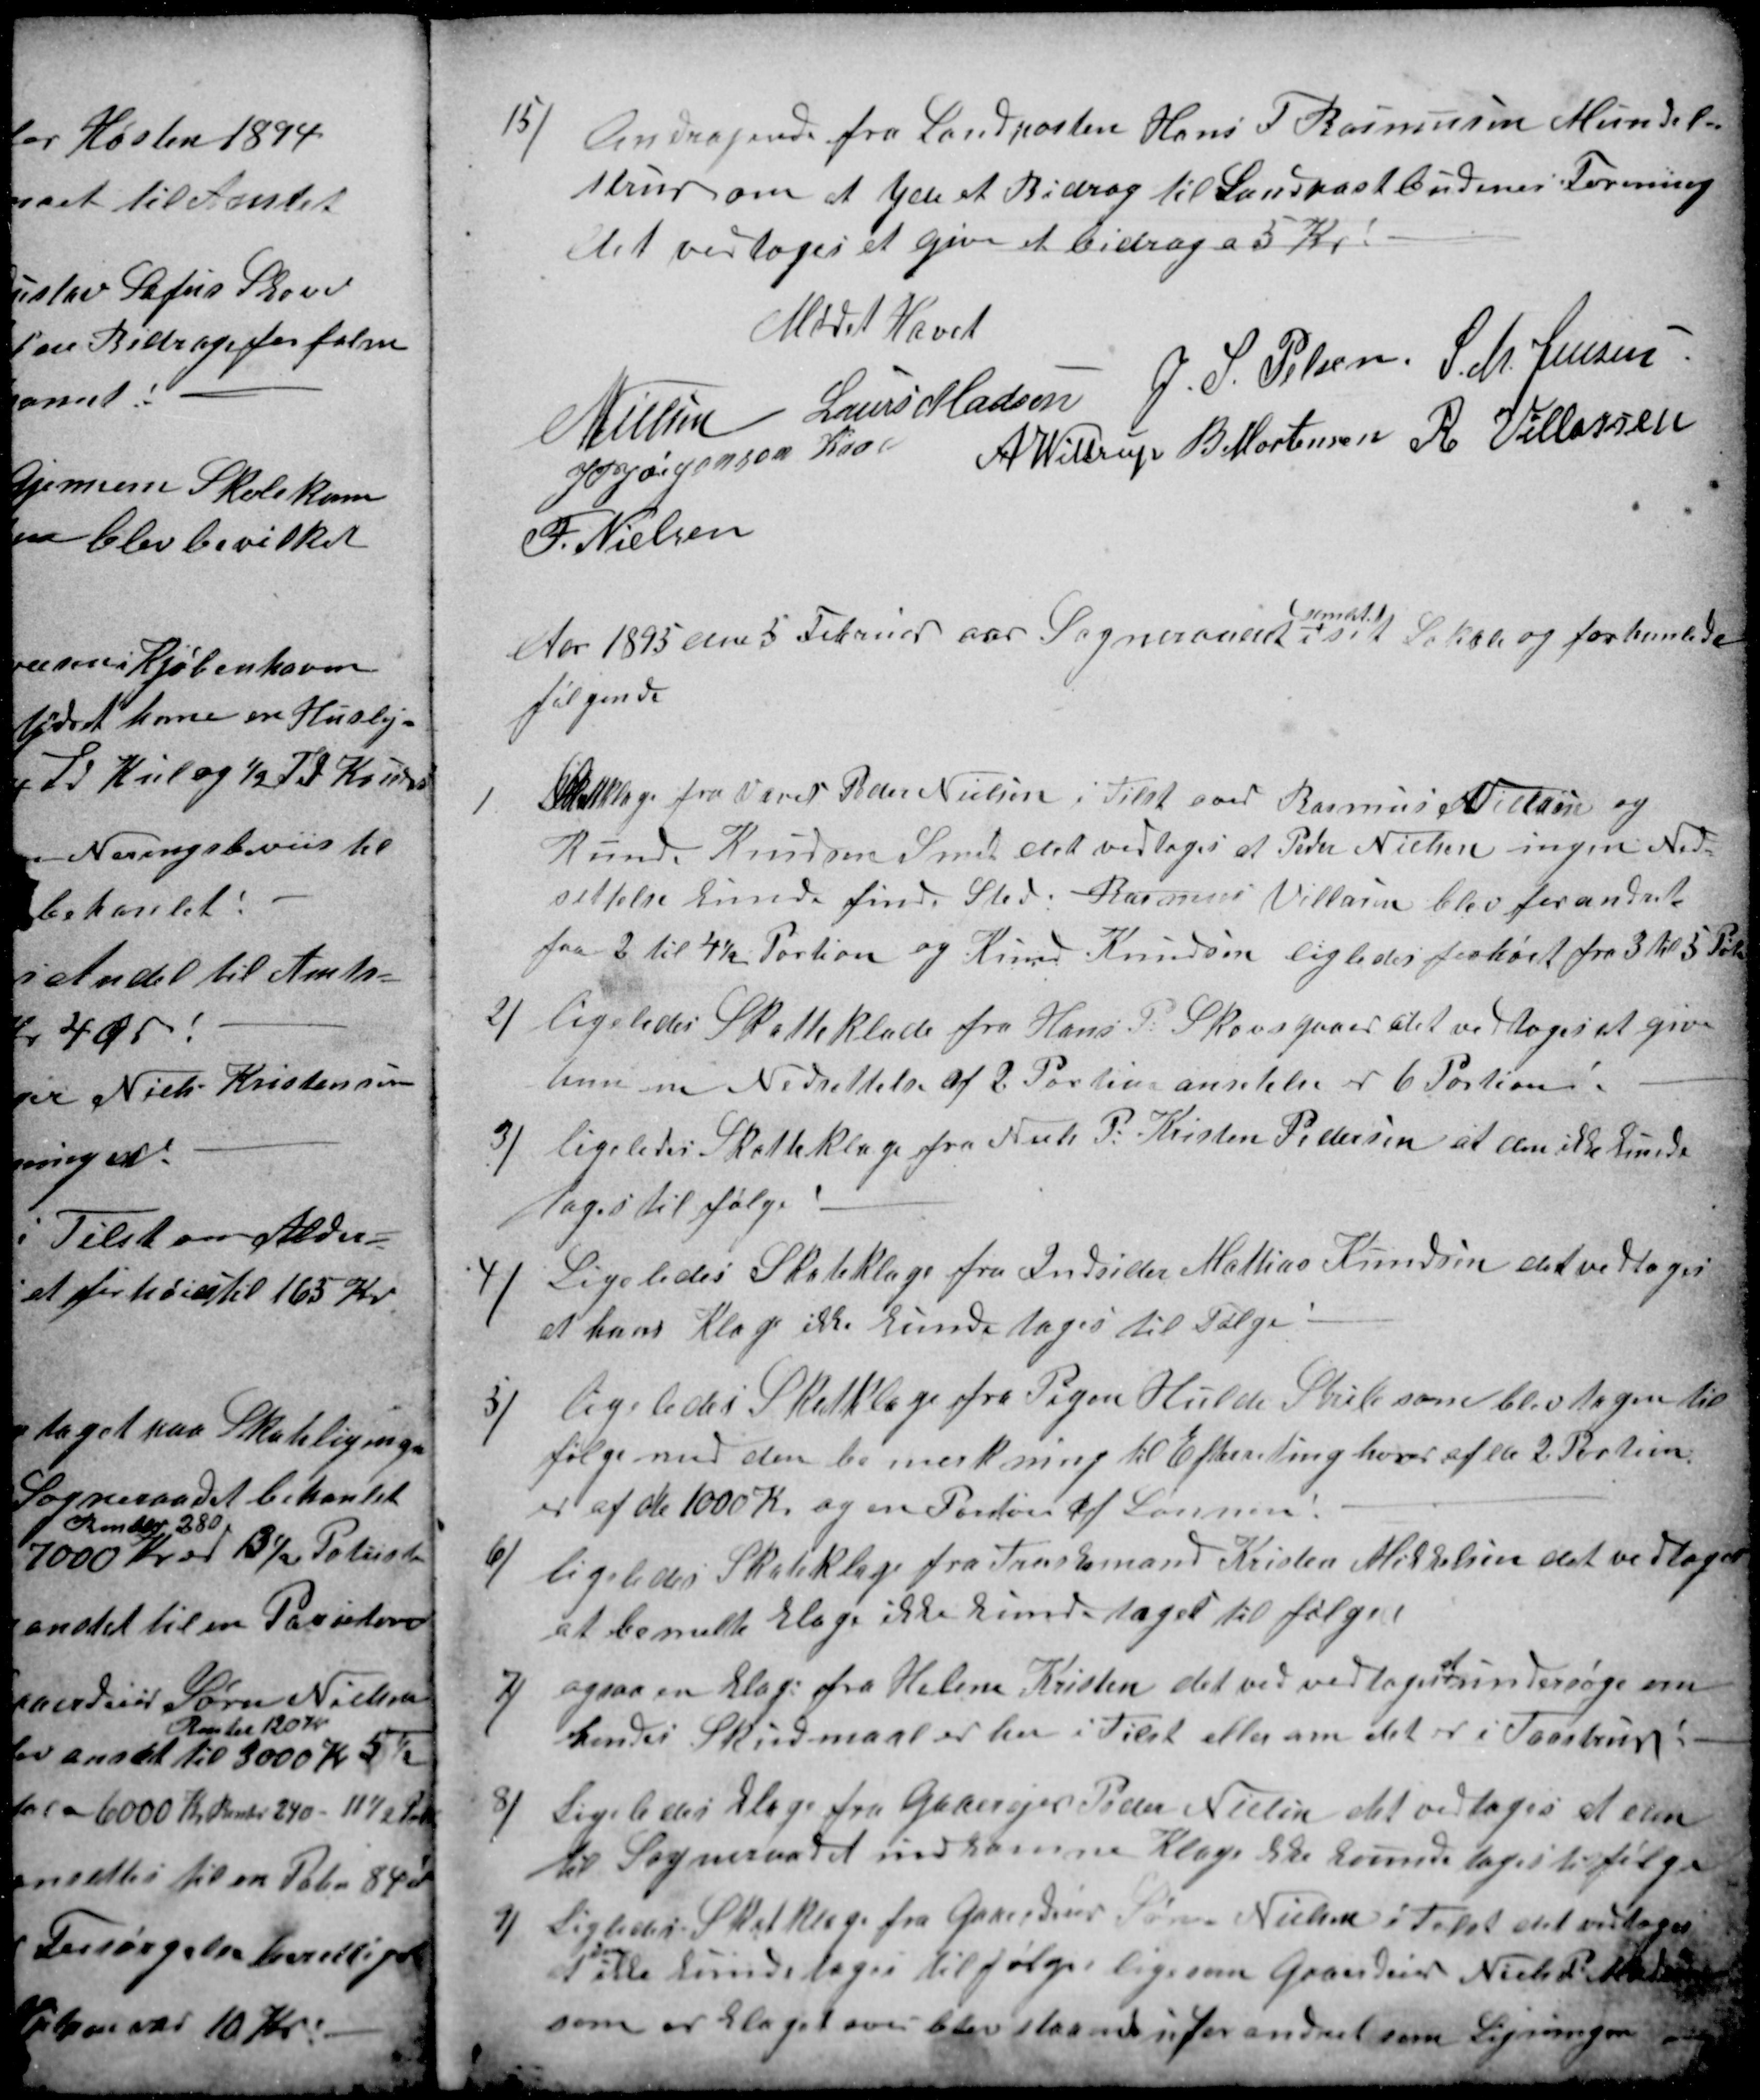
Transskription:
15)
Andragende fra Landposten Hans F Rasmussen Mundel=
strup om at yde et Bidrag til Landpostbudenes Forening
det vedtoges et give et bidrag a 5 Kr.
Mødet Hævet
N Nielsen
Laurs Madsen
J. S. Pelsen
S. M. Jensen
A. Wittrup
B. Mortensen
R. Villassen
J P Jørgensen Kaae
F. Nielsen
Aar 1895 den 5 Februar var Sogneraadet
samlet 
i sit Lokale og forhanlede
følgende
1
Skatteklage fra Væver Peder Nielsen i Tilst over Rasmus Villasen og
Knud Knudsen Smed det vedtoges at Peder Nielsen ingen Ned-
settelse kunde finde Sted. Rasmus Villasen blev forandret
fra 2 til 4½ Portion og Knud Knudsen ligledes forhøit fra 3 Kr 5 Poti
2)
ligeledes Skatteklade fra Hans P. Skovsgaaer det vedtoges at give
ham en Nedsettelse af 2 Portion ansetelse er 6 Portioner.
3)
ligeledes Skatteklage fra Niels P. Kristen Pedersen at den ikke kunde
tages til følge
4)
Ligeledes Skateklage fra Indsider Mattias Knudsen det vedtoges
at hans Klage ikke kunde tages til Følge
3)
ligeledes Skatklage fra Pigen Hulda Strib som blev tagen til
følge med den bemerkning til Efterretning hver af de 2 Portion
er af de 1000 Kr. og en Portion af Lønnen.
6)
ligeledes Skateklage fra Træskomand Kristen Mikkelsen det vedtoges
at bemelte Klage ikke kunde tages til følge
7)
ogsaa en Klage fra Helene Kristen det ved vedtoges
at
undersøge om
hendes Skudsmaal er her i Tilst eller om det er i Taastrup
8)
Ligeledes Klage fra Gaardejer Peder Nielsen det vedtoges at den
til Sogneraadet indkomne Klage ikke kunde tages tilfølge
9)
Ligledes Skatklage fra Gaardeier Søren Nielsen i Tilst det vedtoges
at 
den
ikke kunde tages til følge ligesom Gaardeier Niels P Madsen
som er klaget over blev staaend uforandret som Ligningen